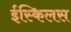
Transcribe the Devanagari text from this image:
ईस्किलस